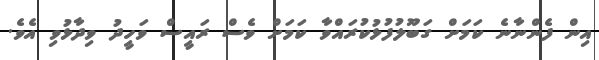
އިން ފެންނާނެ ކަމަށް ގަބޫލުފުޅުކުރައްވާ ކަމަށް ވެސް ރައީސް ވަހީދު ވިދާޅުވި އެވެ.